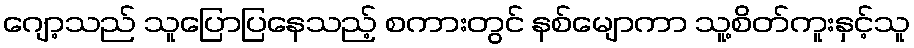
ဂျော့သည် သူပြောပြနေသည့် စကားတွင် နစ်မျောကာ သူ့စိတ်ကူးနှင့်သူ